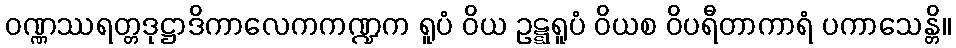
ဝဏ္ဏဿရတ္တဒုဋ္ဌာဒိကာလေကကဏ္ဍက ရူပံ ဝိယ ဥဋ္ဋရူပံ ဝိယစ ဝိပရီတာကာရံ ပကာသေန္တိ။